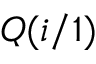
Q ( i / 1 )